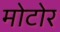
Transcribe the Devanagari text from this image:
मोटोर